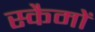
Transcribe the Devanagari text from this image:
स्कैमों